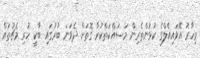
މިހާރު އޭވައިއެލްގެ ކުޅުންތެރިން މަސައްކަތްކުރާ ގޮތަށް ދެވަނަ ބުރުގައި ބާކީ ހުރި މެޗުތައް